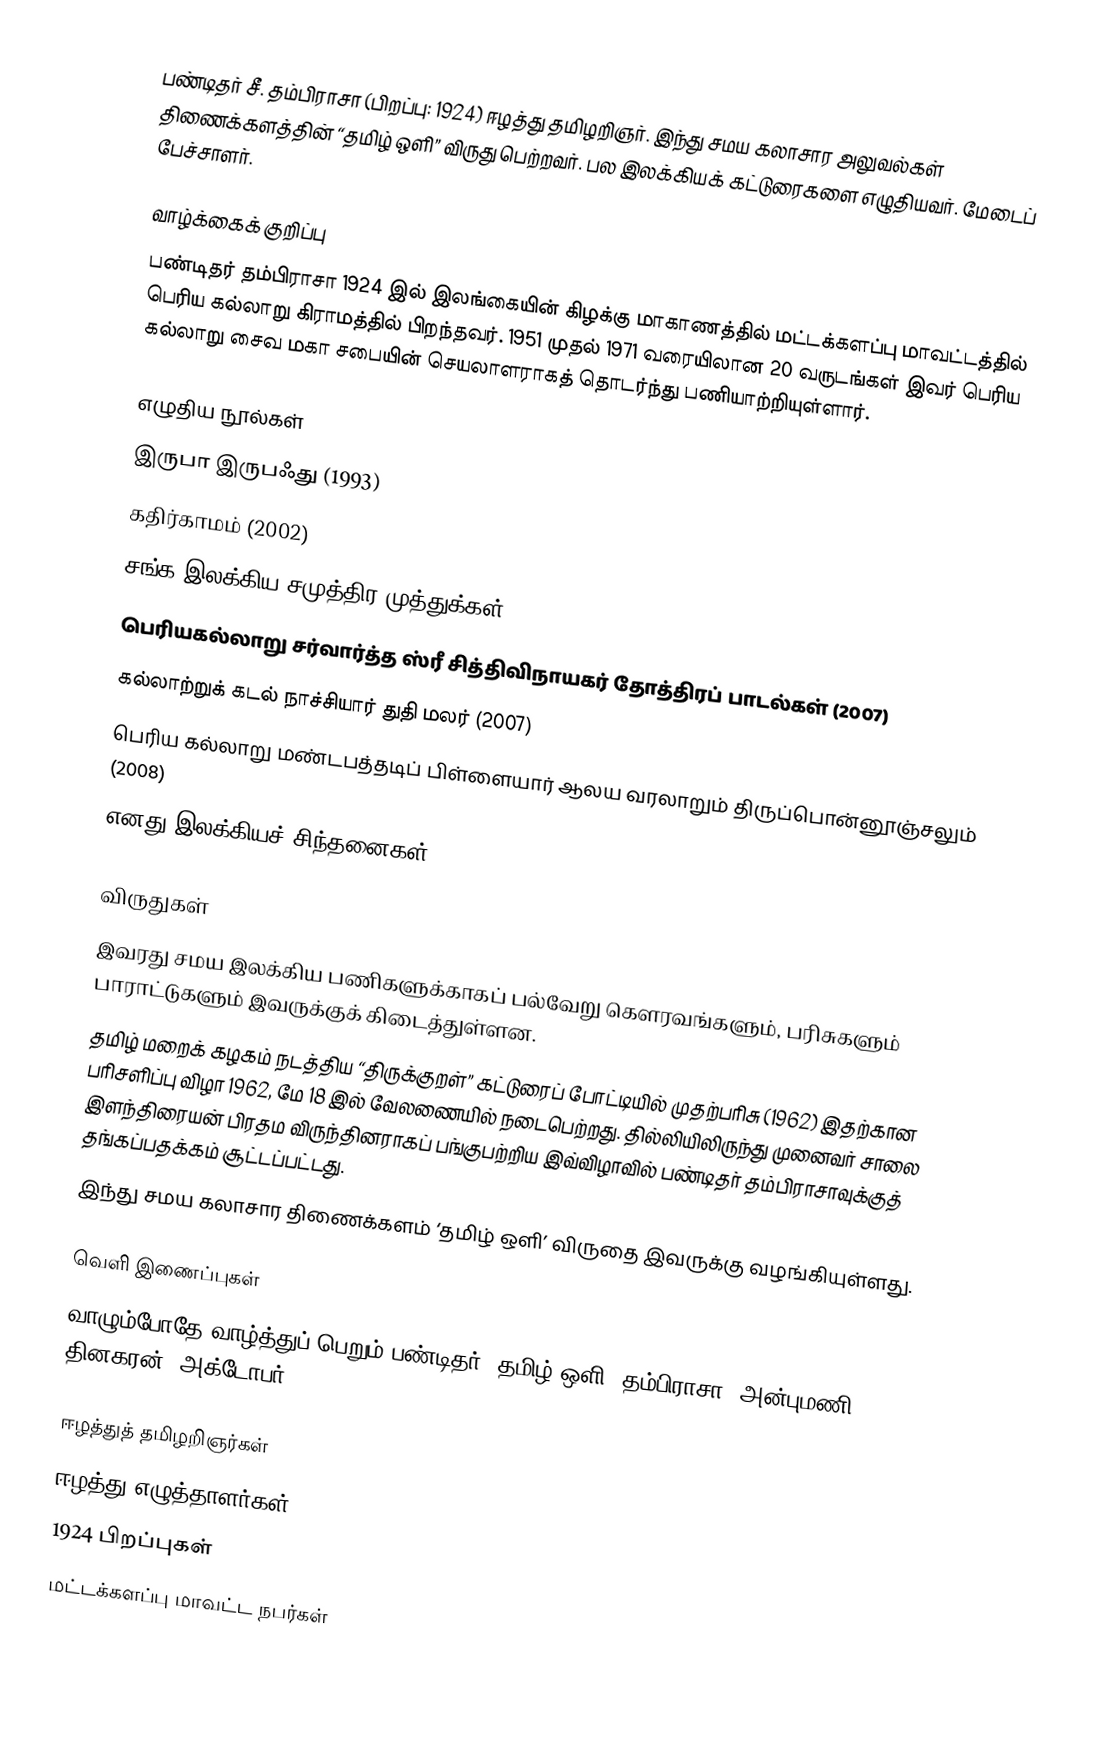
பண்டிதர் சீ. தம்பிராசா (பிறப்பு: 1924) ஈழத்து தமிழறிஞர். இந்து சமய கலாசார அலுவல்கள் திணைக்களத்தின் “தமிழ் ஒளி” விருது பெற்றவர். பல இலக்கியக் கட்டுரைகளை எழுதியவர். மேடைப் பேச்சாளர்.

வாழ்க்கைக் குறிப்பு
பண்டிதர் தம்பிராசா 1924 இல் இலங்கையின் கிழக்கு மாகாணத்தில் மட்டக்களப்பு மாவட்டத்தில் பெரிய கல்லாறு கிராமத்தில் பிறந்தவர். 1951 முதல் 1971 வரையிலான 20 வருடங்கள் இவர் பெரிய கல்லாறு சைவ மகா சபையின் செயலாளராகத் தொடர்ந்து பணியாற்றியுள்ளார்.

எழுதிய நூல்கள்
 இருபா இருபஃது (1993)
 கதிர்காமம் (2002)
 சங்க இலக்கிய சமுத்திர முத்துக்கள் (2005)
 பெரியகல்லாறு சர்வார்த்த ஸ்ரீ சித்திவிநாயகர் தோத்திரப் பாடல்கள் (2007)
 கல்லாற்றுக் கடல் நாச்சியார் துதி மலர் (2007)
 பெரிய கல்லாறு மண்டபத்தடிப் பிள்ளையார் ஆலய வரலாறும் திருப்பொன்னூஞ்சலும் (2008)
 எனது இலக்கியச் சிந்தனைகள் (2010)

விருதுகள்
இவரது சமய இலக்கிய பணிகளுக்காகப் பல்வேறு கெளரவங்களும், பரிசுகளும் பாராட்டுகளும் இவருக்குக் கிடைத்துள்ளன.
தமிழ் மறைக் கழகம் நடத்திய “திருக்குறள்” கட்டுரைப் போட்டியில் முதற்பரிசு (1962) இதற்கான பரிசளிப்பு விழா 1962, மே 18 இல் வேலணையில் நடைபெற்றது. தில்லியிலிருந்து முனைவர் சாலை இளந்திரையன் பிரதம விருந்தினராகப் பங்குபற்றிய இவ்விழாவில் பண்டிதர் தம்பிராசாவுக்குத் தங்கப்பதக்கம் சூட்டப்பட்டது.
இந்து சமய கலாசார திணைக்களம் ‘தமிழ் ஒளி’ விருதை இவருக்கு வழங்கியுள்ளது.

வெளி இணைப்புகள்
வாழும்போதே வாழ்த்துப் பெறும் பண்டிதர் ~தமிழ் ஒளி' தம்பிராசா, அன்புமணி, தினகரன், அக்டோபர் 10, 2010

ஈழத்துத் தமிழறிஞர்கள்
ஈழத்து எழுத்தாளர்கள்
1924 பிறப்புகள்
மட்டக்களப்பு மாவட்ட நபர்கள்